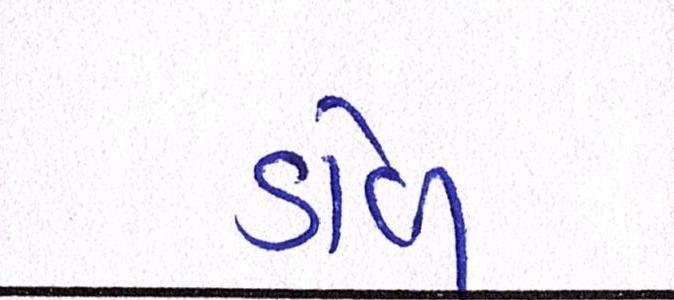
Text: ડોલ